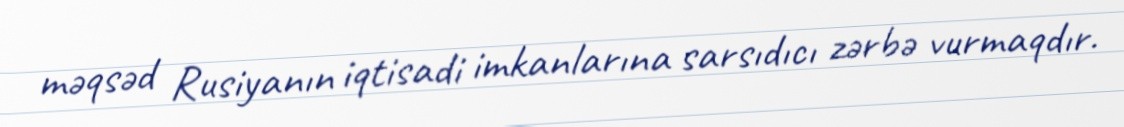
məqsəd Rusiyanın iqtisadi imkanlarına sarsıdıcı zərbə vurmaqdır.